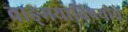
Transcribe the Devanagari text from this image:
वाङ्‌मयाविषयीचे